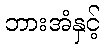
ဘားအံနှင့်